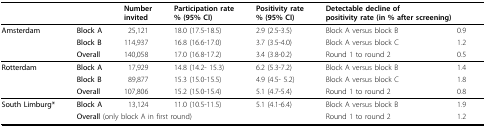
<table><thead><tr><td></td><td></td><td><b>Number invited</b></td><td><b>Participation rate % (95% CI)</b></td><td><b>Positivity rate % (95% CI)</b></td><td colspan="2"><b>Detectable decline of positivity rate (in % after screening)</b></td></tr></thead><tbody><tr><td><b>Amsterdam</b></td><td><b>Block A</b></td><td>25,121</td><td>18.0 (17.5-18.5)</td><td>2.9 (2.5-3.5)</td><td>Block A versus block B</td><td>0.9</td></tr><tr><td></td><td><b>Block B</b></td><td>114,937</td><td>16.8 (16.6-17.0)</td><td>3.7 (3.5-4.0)</td><td>Block A versus block C</td><td>1.2</td></tr><tr><td></td><td><b>Overall</b></td><td>140,058</td><td>17.0 (16.8-17.2)</td><td>3.4 (3.8-0.2)</td><td>Round 1 to round 2</td><td>0.5</td></tr><tr><td><b>Rotterdam</b></td><td><b>Block A</b></td><td>17,929</td><td>14.8 (14.2- 15.3)</td><td>6.2 (5.3-7.2)</td><td>Block A versus block B</td><td>1.4</td></tr><tr><td></td><td><b>Block B</b></td><td>89,877</td><td>15.3 (15.0-15.5)</td><td>4.9 (4.5- 5.2)</td><td>Block A versus block C</td><td>1.8</td></tr><tr><td></td><td><b>Overall</b></td><td>107,806</td><td>15.2 (15.0-15.4)</td><td>5.1 (4.7-5.4)</td><td>Round 1 to round 2</td><td>0.8</td></tr><tr><td><b>South Limburg*</b></td><td><b>Block A</b></td><td>13,124</td><td>11.0 (10.5-11.5)</td><td>5.1 (4.1-6.4)</td><td>Block A versus block B</td><td>1.9</td></tr><tr><td></td><td colspan="4"><b>Overall </b>(only block A in first round)</td><td>Round 1 to round 2</td><td>1.2</td></tr></tbody></table>